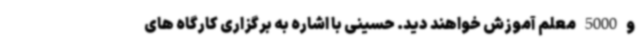
و 5000 معلم آموزش خواهند دید. حسینی با اشاره به برگزاری کارگاه های